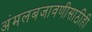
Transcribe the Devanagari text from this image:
अंमलबजावणीसाठीही